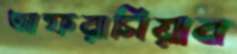
আফরাসিয়াব